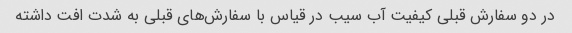
در دو سفارش قبلی کیفیت آب سیب در قیاس با سفارش‌های قبلی به شدت افت داشته